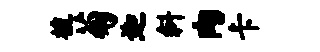
植菊迦斜肉卡